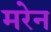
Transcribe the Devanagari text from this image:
मरेन